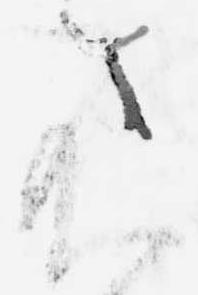
不